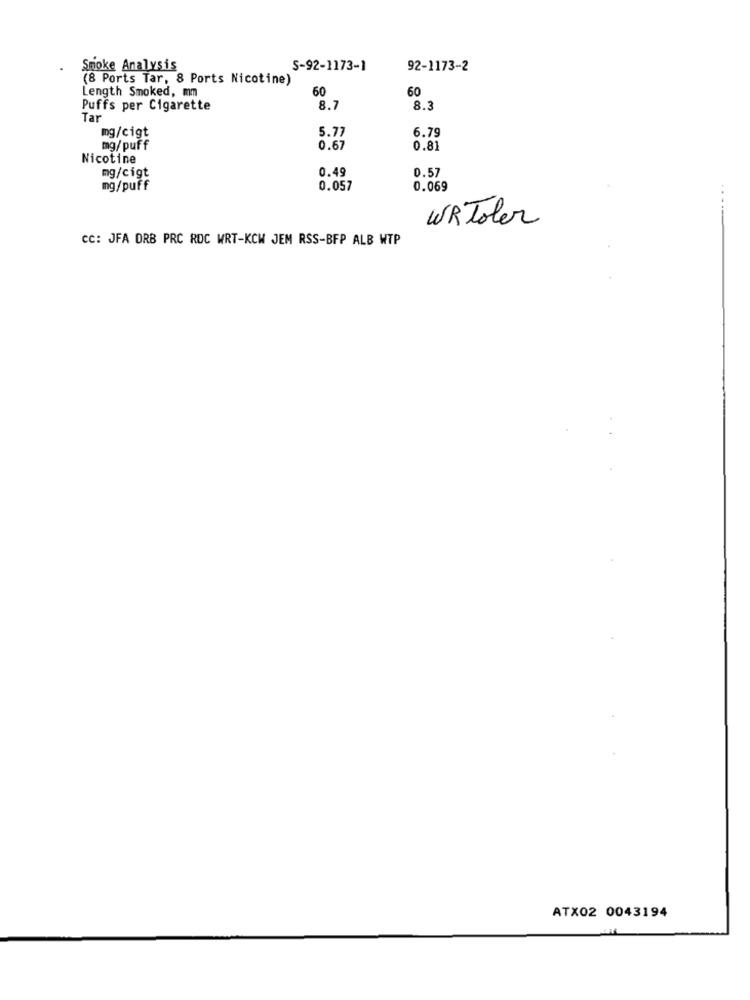
Smoke Analysis
S-92-1173-1
92-1173-2
(8 Ports Tar, 8 Ports Nicotine)
Length Smoked, mm
60
60
Puffs per Cigarette
8.7
8.3
Tar
6.79
mg/cigt
5.77
mg/puff
0.67
0.81
Nicotine
0.49
0.57
mg/cigt
mg/puff
0.057
0.069
WRToler
CC: JFA DRB PRC ROC WRT-KCH JEM RSS-BFP ALB WTP
ATX02 0043194